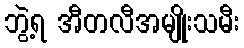
ဘွဲ့ရ အီတလီအမျိုးသမီး